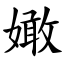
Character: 㜟